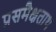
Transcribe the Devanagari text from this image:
प्रसमैक्षताथ